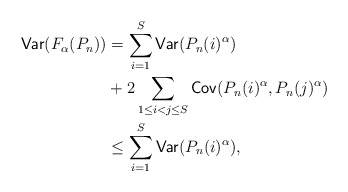
\begin{align*} \mathsf{Var}(F_\alpha(P_n)) & = \sum_{i=1}^S \mathsf{Var}(P_n(i)^\alpha) \\ & + 2\sum_{1\le i<j\le S}\mathsf{Cov}(P_n(i)^\alpha,P_n(j)^\alpha) \\ & \le \sum_{i=1}^S \mathsf{Var}(P_n(i)^\alpha),\end{align*}